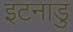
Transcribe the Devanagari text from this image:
इटनाडु